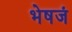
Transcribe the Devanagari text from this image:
भेषजं